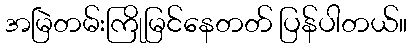
အမြဲတမ်းကြိုမြင်နေတတ် ပြန်ပါတယ်။